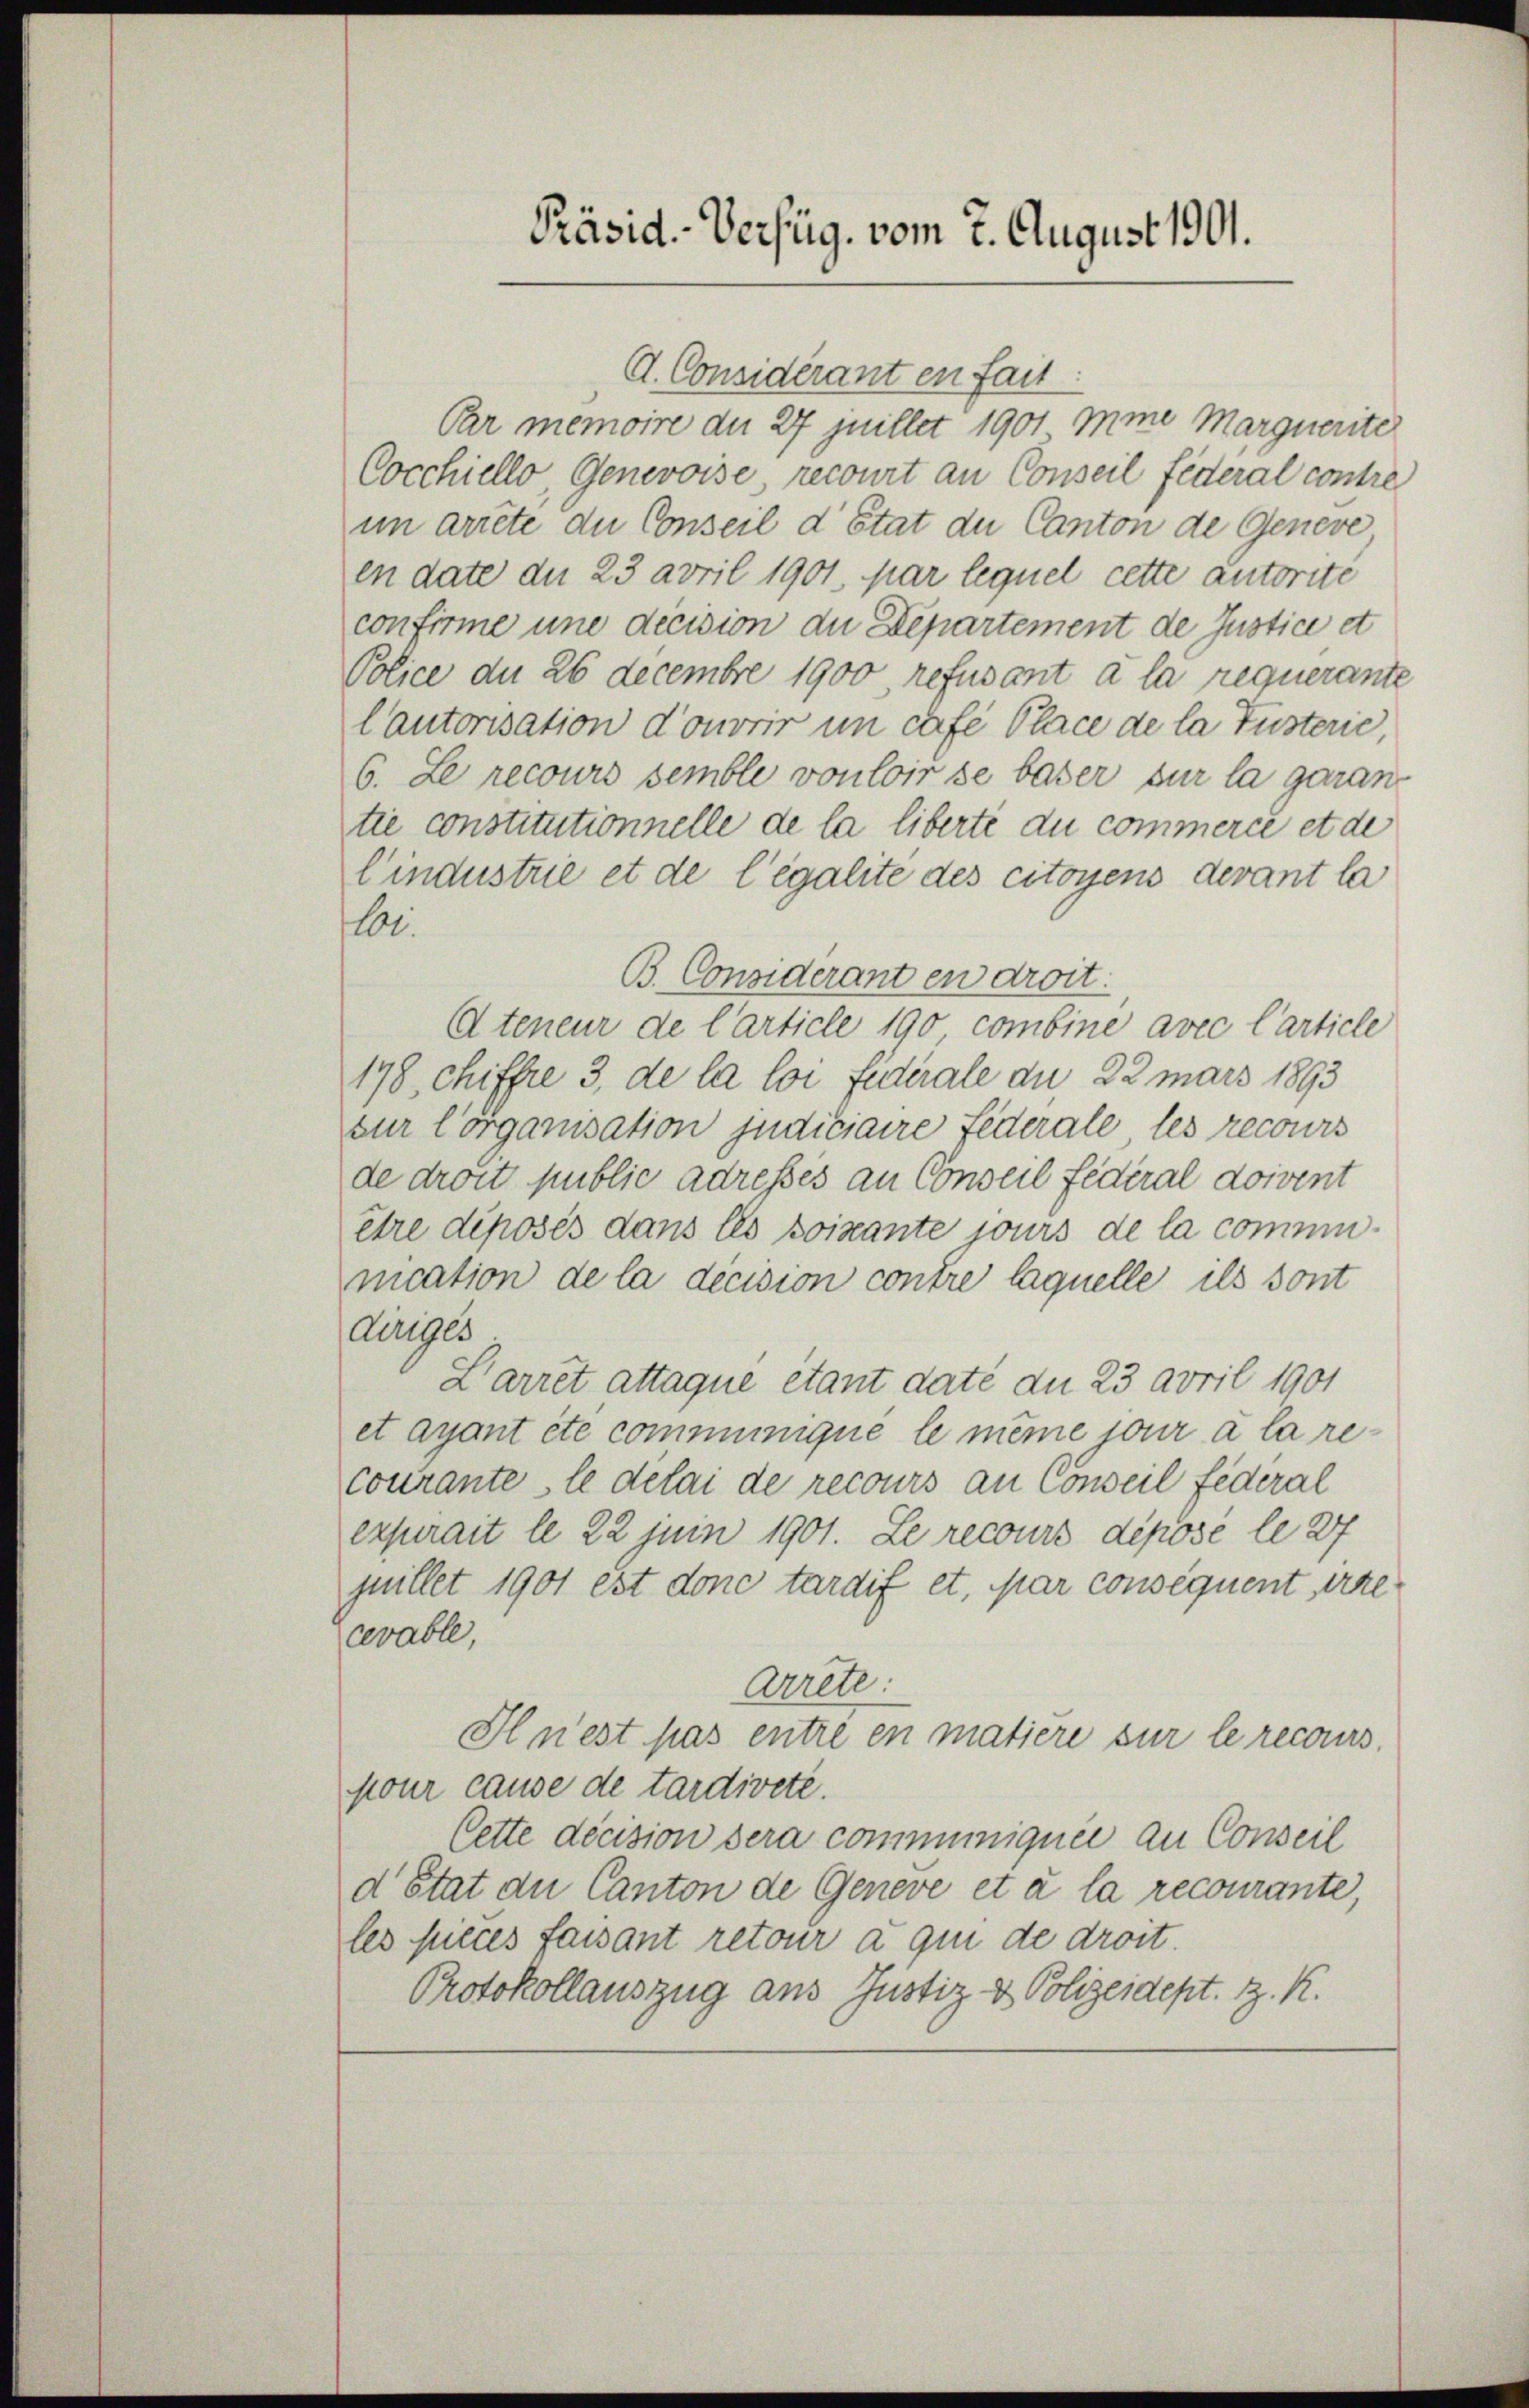
Präsid.-Verfüg, vom 2. August 1901.

d. Considérant en fait
Pr memoire der 27 juillet 1901 mine Marquerite
Cocchiello, Genevoise, recourt an Conseil federal contre
im arrete die Conseil d’Etat du Canton de Geneve
en date du 23 avril 1901, par lequel cette autorité
confirme une decision du Departement de Justice et
Police du 26 Decembre 1900, refusant à la requerante
Cautorisation d’ouvrir im Café Place de la Tusterie,
6. Le recours semble vouloir se baser sur la garan
tie constitutionnelle de la liberte du commerce et de
Cindustrie et de legalite des citoyens devant la
lb.
B. Considerant en droit.
Ateneur de l’article 190 combine avec Carticle
178, chiffre 3, de la loi fiderale an 22 mars 1893
zur Corganisation judiciaire Federale les recours
de droit public adresses an Conseil fédéral doivent
être déposés dans les soixante jours de la comminication de la decision contre laquelle ils sont
dinges
Darret attaque étant daté du 23 avril 1901
et ayant été communique le même jour a la recourante, le delai de recours an Conseil federal
expurait le 22 Juni 1901. Le recours déposé le 27
quillet 1901 est donc tardif et, par consequent irre
cevable,
Arrete:
Il n’est pas entré en matière sur le recours.
pour cause de tardivete.
Cette décision dera communiquée au Conseil
d’état du Canton de Geneve et à la recourante,
les succes faisant retour à qui de droit.
Protokollauszug aus Justiz- & Polizeidept. d. R.